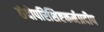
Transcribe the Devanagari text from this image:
छंदोपरिशिष्टकर्मप्रदीप